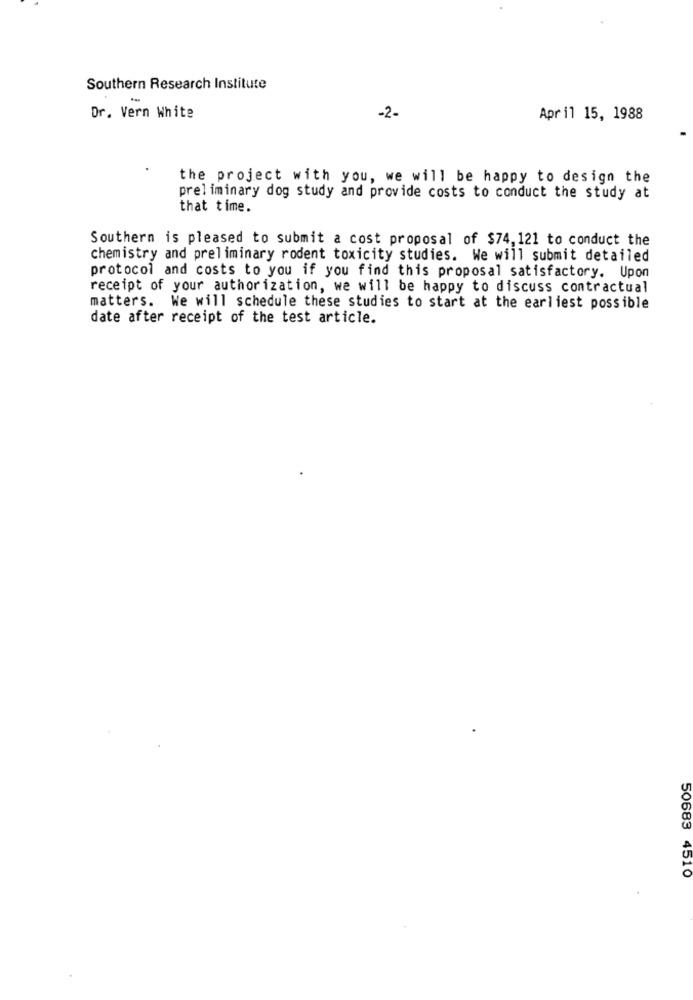
Southern Research Institute
Dr. Vern White
-2-
April 15, 1988
the project with you, we will be happy to design the
preliminary dog study and provide costs to conduct the study at
that time.
Southern is pleased to submit a cost proposal of $74,121 to conduct the
chemistry and preliminary rodent toxicity studies. We will submit detailed
protocol and costs to you if you find this proposal satisfactory. Upon
receipt of your authorization, we will be happy to discuss contractual
matters. We will schedule these studies to start at the earliest possible
date after receipt of the test article.
50683 4510